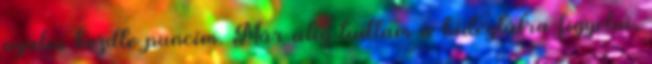
nyalni kezdte puncim. Már alig tudtam a hidegtálra figyelni,